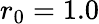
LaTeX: r_{0}=1.0